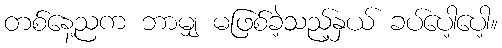
တစ်နေ့ညက ဘာမျှ မဖြစ်ခဲ့သည့်နှယ် ခပ်ပေါ့ပေါ့။